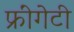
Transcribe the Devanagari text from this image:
फ्रींगेटी